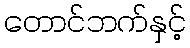
တောင်ဘက်နှင့်